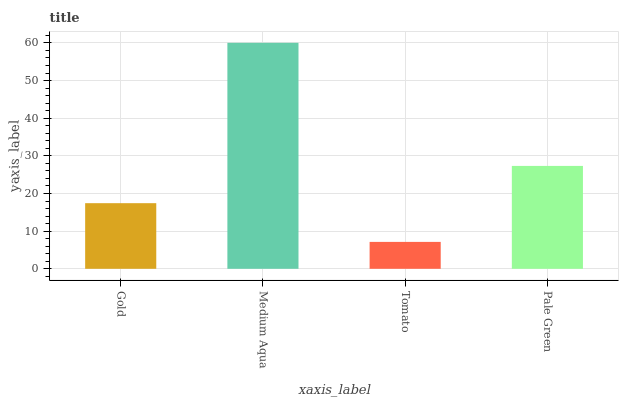
| xaxis_label | bars |
 | --- | --- |
 | Gold | 17.4 |
 | Medium Aqua | 60 |
 | Tomato | 7.15 |
 | Pale Green | 27.3 |